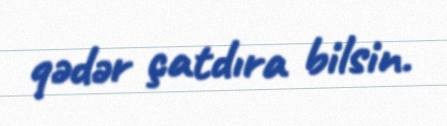
qədər çatdıra bilsin.